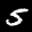
Label: 5